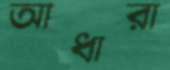
আধারা